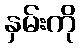
နှမ်းကို